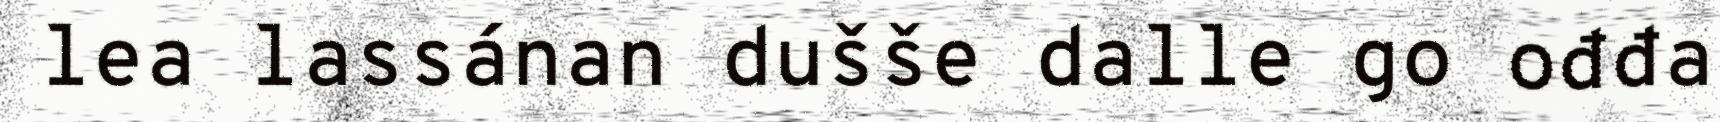
lea lassánan dušše dalle go ođđa